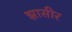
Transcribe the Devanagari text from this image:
झासीर